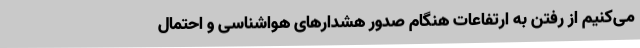
می‌کنیم از رفتن به ارتفاعات هنگام صدور هشدارهای هواشناسی و احتمال